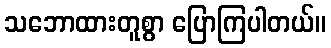
သဘောထားတူစွာ ပြောကြပါတယ်။